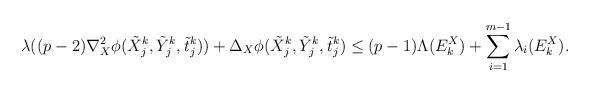
LaTeX: \begin{align*}\lambda((p-2)\nabla_X^2\phi(\tilde X_j^k, \tilde Y_j^k, \tilde t_j^k) ) + \Delta_X \phi(\tilde X_j^k, \tilde Y_j^k, \tilde t_j^k) \leq (p-1)\Lambda(E^X_k) + \sum^{m-1}_{i=1} \lambda_i(E^X_k).\end{align*}